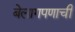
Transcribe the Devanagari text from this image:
बेलागपणाची